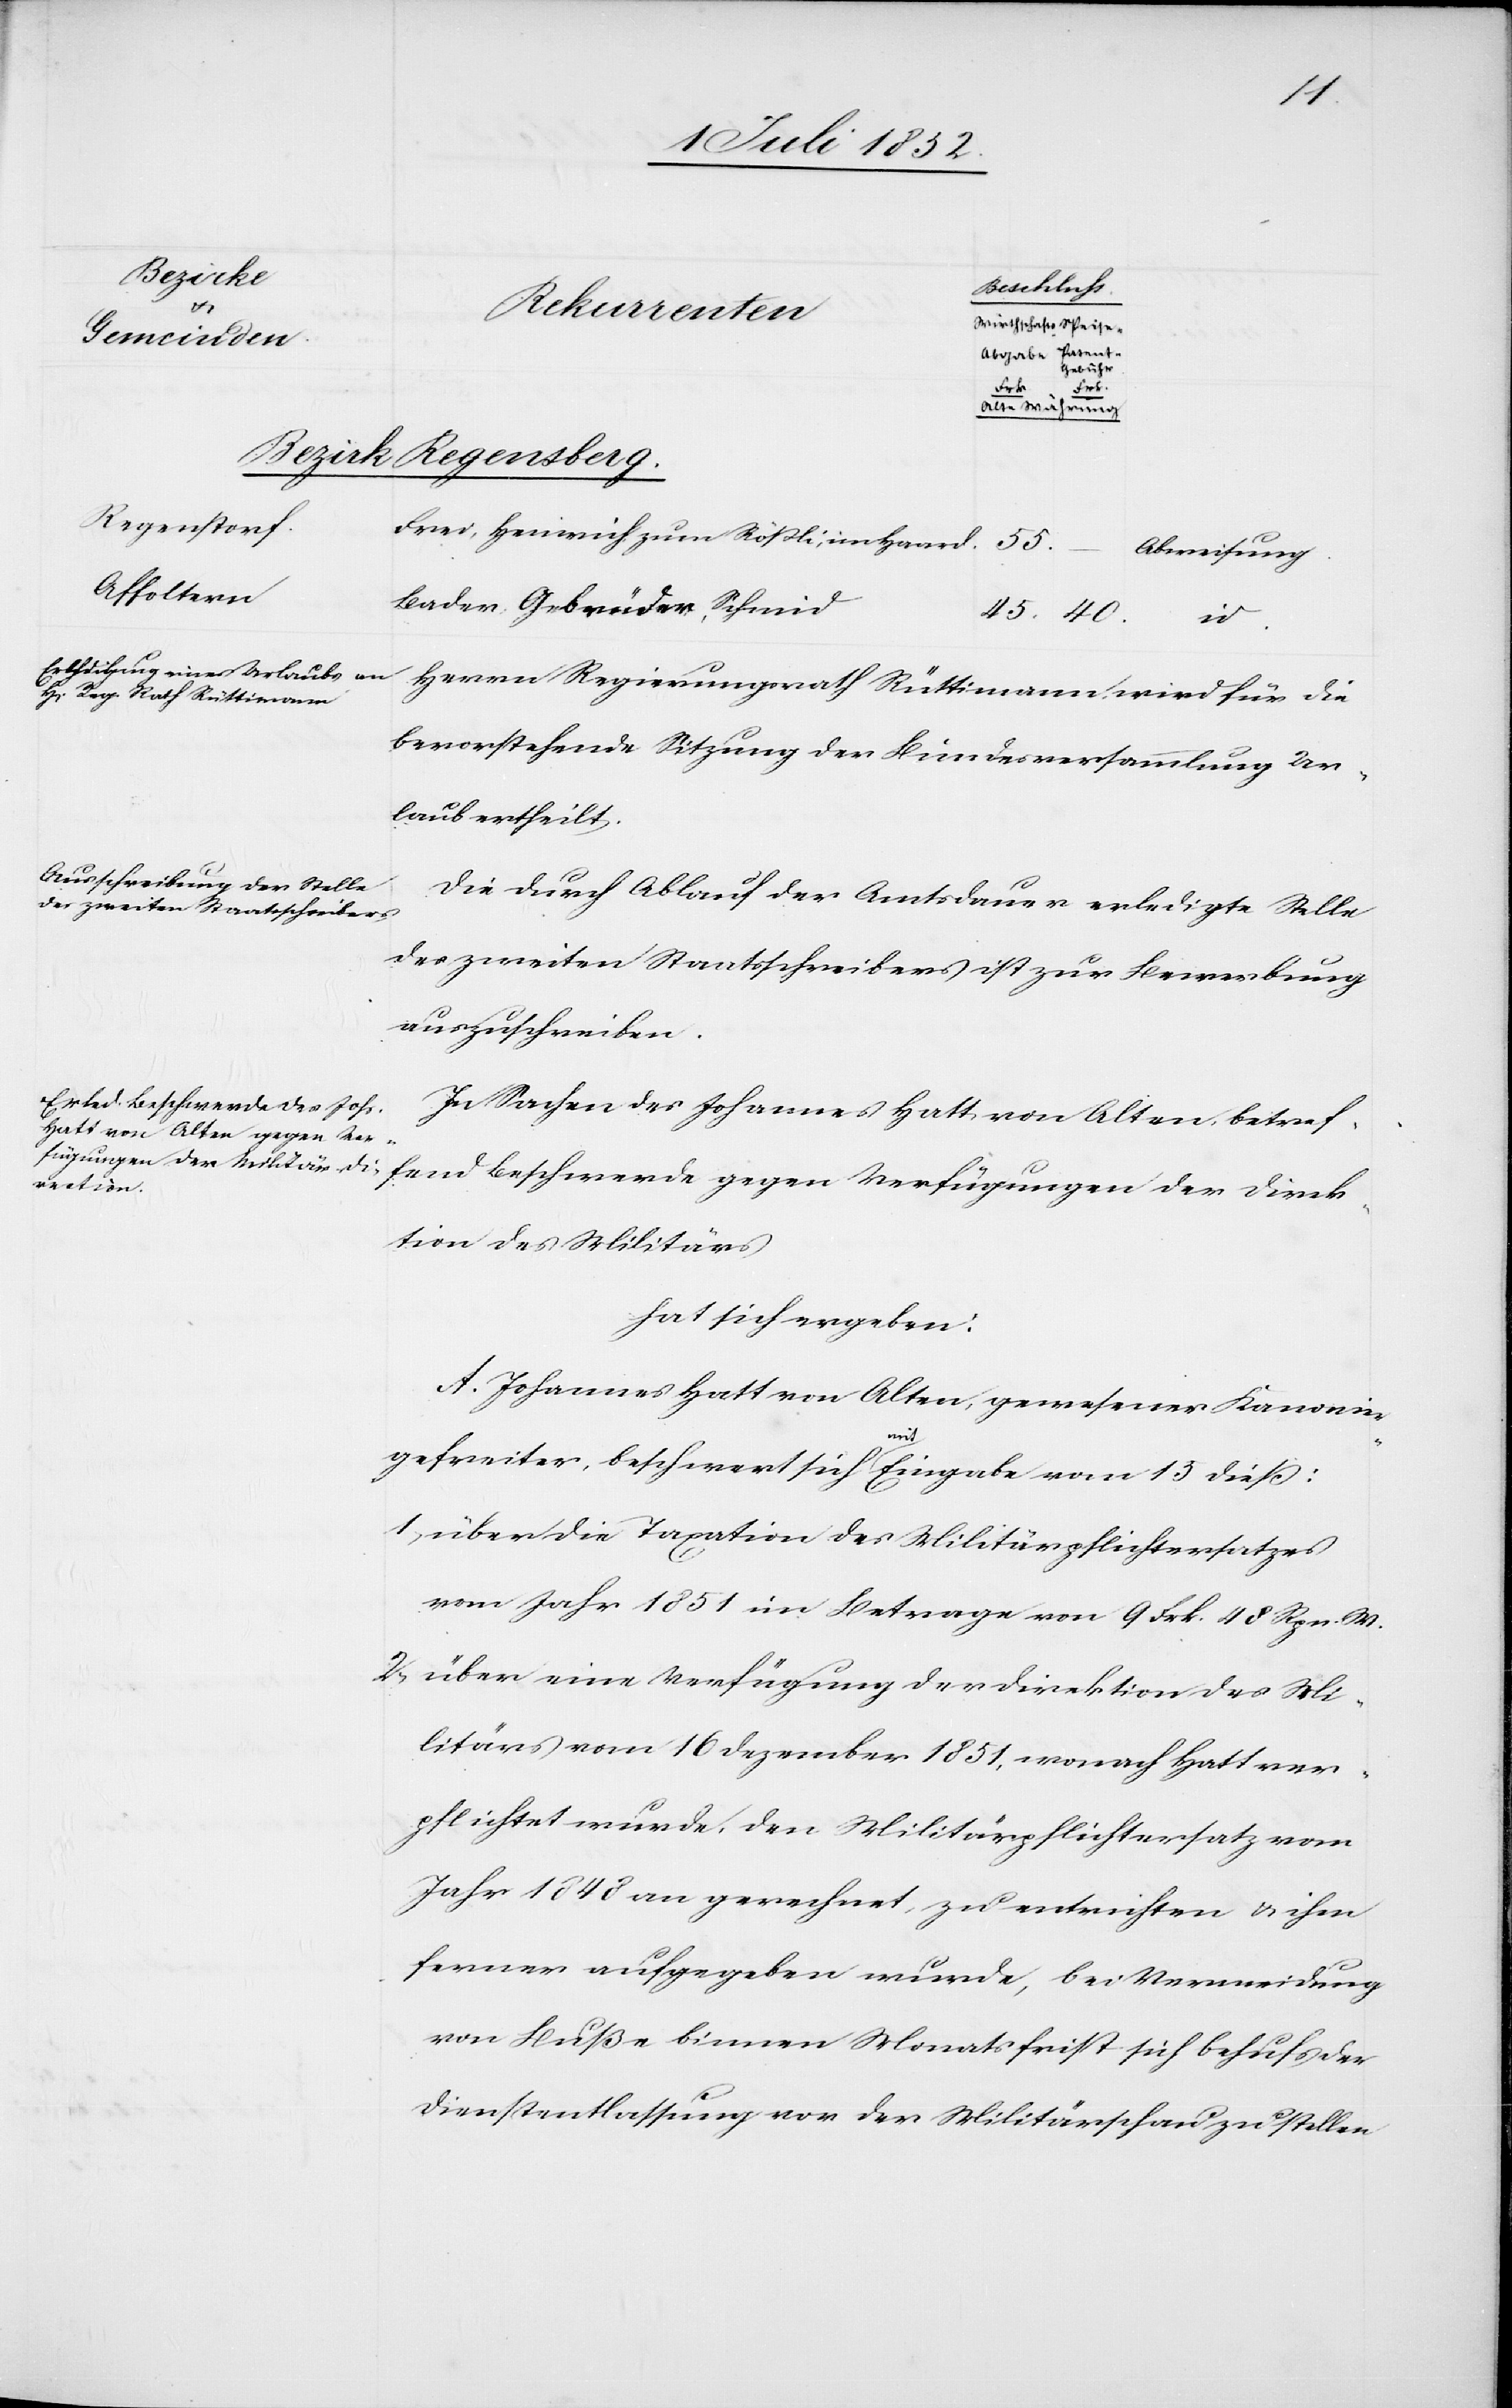
55.
40.
fügungen
der
Direk¬
Bezirk Regensberg.
Regenstorf.
Frei, Heinrich, zum Rößli, im Haard.
Abweisung.
Affoltern
Bader, Gebrüder, Schmid
Herrn Regierungsrath Rüttimann wird für die
bevorstehende Sitzung der Bundesversammlung Ur¬
laub ertheilt.
Die durch Ablauf der Amtsdauer erledigte Stelle
des zweiten Staatsschreibers ist zur Bewerbung
auszuschreiben.
In Sachen des Johannes Hatt von Alten, betref¬
tion des Militärs
hat sich ergeben:
A. Johannes Hatt von Alten, gewesener Kanonier¬
gegen
gefreiter, beschwert sich mit Eingabe vom 15 dieß:
über die Taxation des Militärpflichtersatzes
vom Jahr 1851 im Betrage von 9 Frk. 48 Rp n.
über eine Verfügung der Direktion des Mi¬
litärs vom 16 Dezember 1851, wonach Hatt ver¬
pflichtet wurde, den Militärpflichtersatz vom
Jahr 1848 an gerechnet, zu entrichten & ihm
ferner aufgegeben wurde, bei Vermeidung
von Buße binnen Monatsfrist sich behufs der
Dienstentlassung vor der Militärschau zu stellen